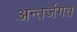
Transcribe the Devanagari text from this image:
अन्तर्जगत